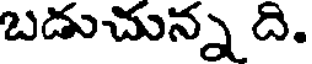
బడుచున్న ది.